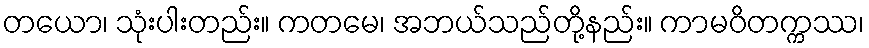
တယော၊ သုံးပါးတည်း။ ကတမေ၊ အဘယ်သည်တို့နည်း။ ကာမဝိတက္ကဿ၊